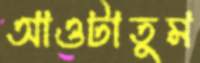
আওটাতুম